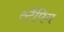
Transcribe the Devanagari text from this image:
स्टैंपिग